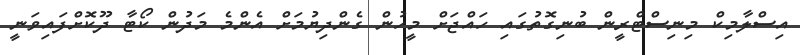
އިސްލާމިކް މިނިސްޓްރީން ބުނިގޮތުގައި ހައްޖަށް މީހުން ގެންދިޔުމަށް އެންމެ މަދުން ކޯޓާ ދޫކޮށްފައިވަނީ